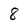
Character: 8